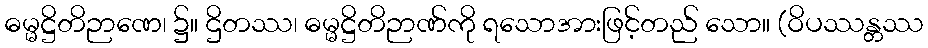
ဓမ္မဋ္ဌိတိဉာဏေ၊ ၌။ ဌိတဿ၊ ဓမ္မဋ္ဌိတိဉာဏ်ကို ရသောအားဖြင့်တည် သော။ (ဝိပဿန္တဿ